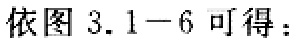
依图 3.1−6 可得：